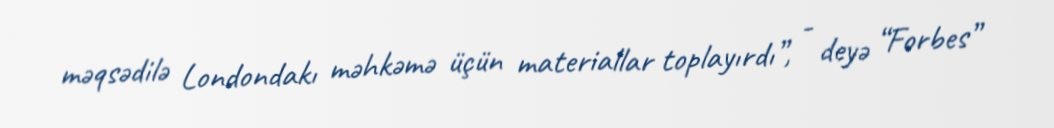
məqsədilə Londondakı məhkəmə üçün materiallar toplayırdı”, - deyə “Forbes”